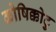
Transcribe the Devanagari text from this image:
कोषिक्कोटु